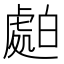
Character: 𧇤